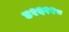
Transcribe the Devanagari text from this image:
४१६११८